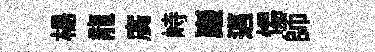
楊龍廣峙巖邁惕師